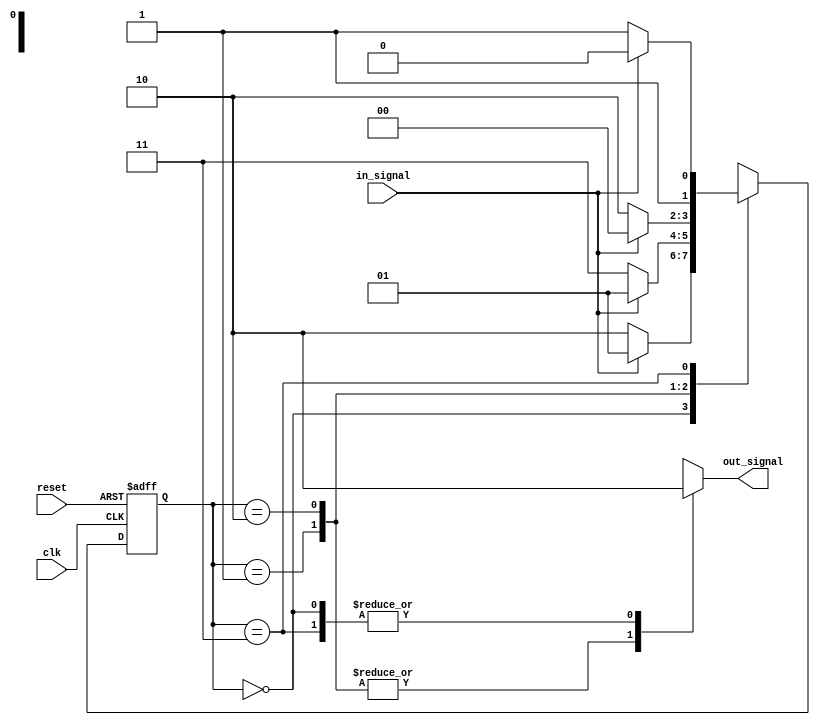
module FSM (
    input wire clk,
    input wire reset,
    input wire in_signal,
    output reg out_signal
);

// Define states
parameter STATE_A = 2'b00;
parameter STATE_B = 2'b01;
parameter STATE_C = 2'b10;
parameter STATE_D = 2'b11;

// State register
reg [1:0] state_reg, next_state;

always @(posedge clk or posedge reset) begin
    if (reset) begin
        state_reg <= STATE_A;
    end else begin
        state_reg <= next_state;
    end
end

// State transitions
always @(*) begin
    case (state_reg)
        STATE_A: begin
            if (in_signal == 1'b1) begin
                next_state = STATE_B;
            end else begin
                next_state = STATE_C;
            end
        end

        STATE_B: begin
            if (in_signal == 1'b1) begin
                next_state = STATE_B;
            end else begin
                next_state = STATE_D;
            end
        end

        STATE_C: begin
            if (in_signal == 1'b1) begin
                next_state = STATE_A;
            end else begin
                next_state = STATE_C;
            end
        end

        STATE_D: begin
            if (in_signal == 1'b1) begin
                next_state = STATE_C;
            end else begin
                next_state = STATE_D;
            end
        end
    endcase
end

// Output signal based on state
always @(*) begin
    case (state_reg)
        STATE_A: out_signal = 1'b0;
        STATE_B: out_signal = 1'b1;
        STATE_C: out_signal = 1'b1;
        STATE_D: out_signal = 1'b0;
    endcase
end

endmodule